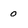
Character: o